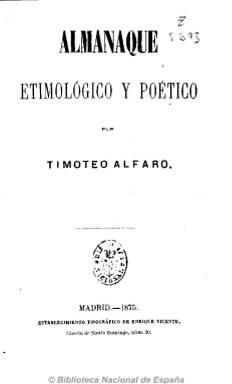
Título: Almanaque etimológico y poético
Colección: Almanaques
Ámbito geográfico: Madrid
Lugar de publicación: Madrid
Fechas: 01/01/1875-31/12/1875

Publicado en 1875 e impreso en el Taller Tipográfico de Enrique Vicente, fue elaborado por el filólogo riojano Timoteo Alfaro y Lafuente que había nacido en Cervera del Río Alhama. En mayo de 1873 fue elegido diputado a las Cortes de la Primera República por el Distrito de Arnedo. Durante muchos años ejerció de Catedrático de Hebreo en la Universidad de Sevilla, donde se dedicó a realizar varios trabajos de tipo filológico y poético que ofrecen curiosos atisbos y preocupaciones científicas de cierto mérito para su época. Si bien como hebraísta no alcanzó mucha altura, pues su dominio del hebreo no pasó de mediocre, sin embargo sus esfuerzos en las versiones bíblicas, aunque no tengan la exactitud hoy exigidas y sea en ellas mejor el verso, se pueden considerar gratas y estimables. De la calidad literaria de su poesía, el  P. Echeverría afirmó que ”resulta innegable que corre por toda la pieza un grato perfume de discreta evocación bíblica… Sin estridencias, tiene una suavidad de tonos y delicadeza en el decir, que la hacen muy agradable”.
La publicación en formato de almanaque para que, según lo expuesto en el editorial, fuera accesible a todo tipo de público y no sólo a los filólogos, la componen por una parte etimologías del santoral de cada día del año separadas por meses, fiestas movibles, eclipses, campanadas de las iglesias de los distritos de Madrid, letanías, témporas, etc. y, por otra, poesías del autor sobre diferentes temas como el viento, la muerte, las rosas o el amor.